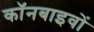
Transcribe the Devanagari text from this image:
कॉनबाइवों